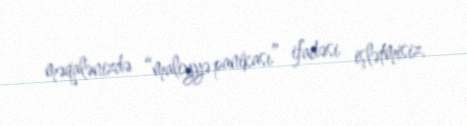
məqalənizdə “maliyyə panikası” ifadəsi işlətmisiz.